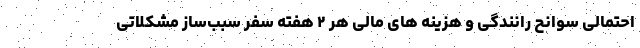
احتمالی سوانح رانندگی و هزینه های مالی هر ۲ هفته سفر سبب‌ساز مشکلاتی